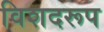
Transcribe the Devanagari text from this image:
विशदरूप